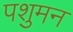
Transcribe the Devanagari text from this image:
पशुमन